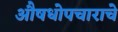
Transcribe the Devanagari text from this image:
औषधोपचाराचे